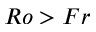
R o > F r